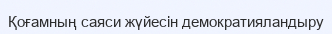
Қоғамның саяси жүйесін демократияландыру